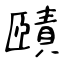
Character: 賾